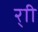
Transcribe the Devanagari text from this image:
र्‍ाी